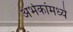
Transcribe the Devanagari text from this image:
अर्भकांमध्ये